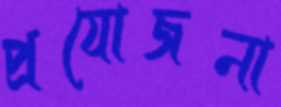
প্রযোজনা